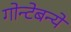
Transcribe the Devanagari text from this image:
गोन्टेबन्ये